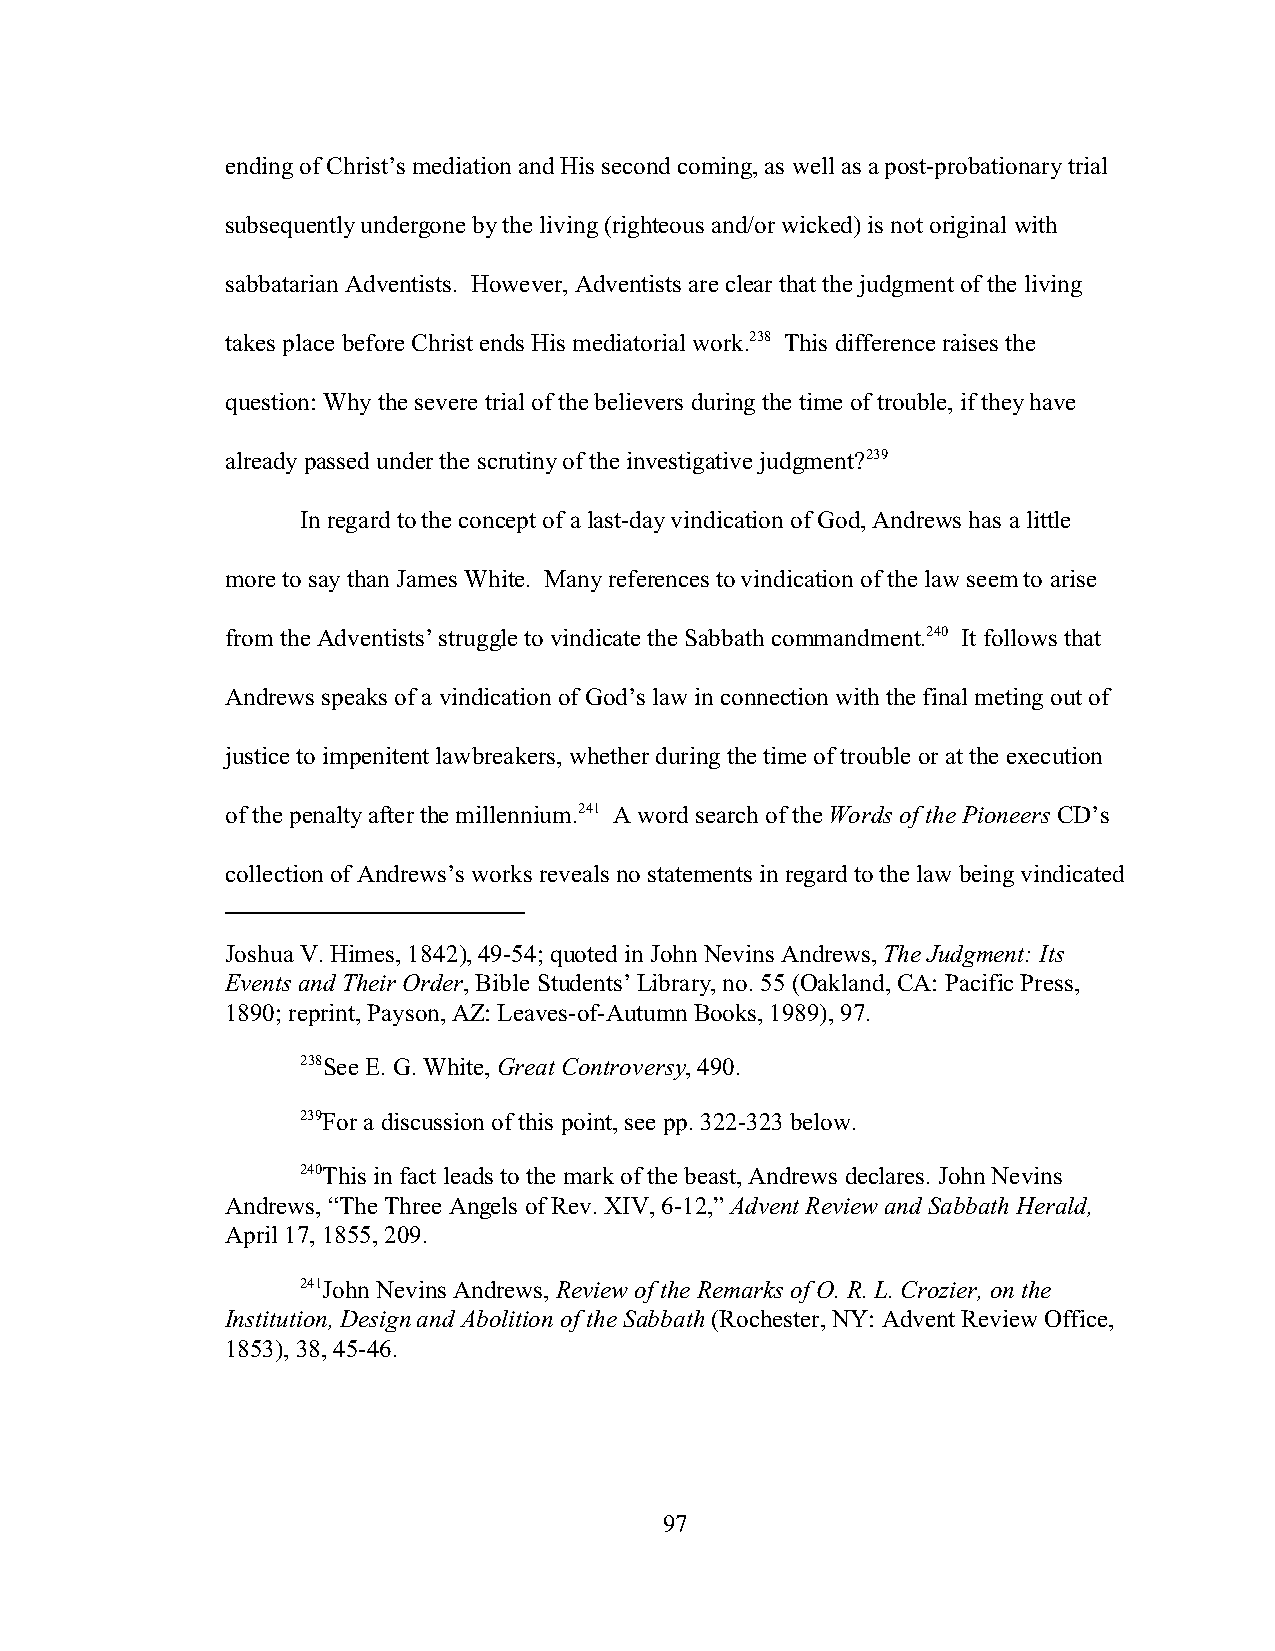
ending of Christ’s mediation and His second coming, as well as a post-probationary trial
 subsequently undergone by the living (righteous and/or wicked) is not original with
 sabbatarian Adventists. However, Adventists are clear that the judgment of the living
 takes place before Christ ends His mediatorial work.238 This difference raises the
 question: Why the severe trial of the believers during the time of trouble, if they have
 already passed under the scrutiny of the investigative judgment?239
 In regard to the concept of a last-day vindication of God, Andrews has a little
 more to say than James White. Many references to vindication of the law seem to arise
 from the Adventists’ struggle to vindicate the Sabbath commandment.240 It follows that
 Andrews speaks of a vindication of God’s law in connection with the final meting out of
 justice to impenitent lawbreakers, whether during the time of trouble or at the execution
 of the penalty after the millennium.241 A word search of the Words of the Pioneers CD’s
 collection of Andrews’s works reveals no statements in regard to the law being vindicated
 Joshua V. Himes, 1842), 49-54; quoted in John Nevins Andrews, The Judgment: Its
 Events and Their Order, Bible Students’ Library, no. 55 (Oakland, CA: Pacific Press,
 1890; reprint, Payson, AZ: Leaves-of-Autumn Books, 1989), 97.
 238See E. G. White, Great Controversy, 490.
 239For a discussion of this point, see pp. 322-323 below.
 240This in fact leads to the mark of the beast, Andrews declares. John Nevins
 Andrews, “The Three Angels of Rev. XIV, 6-12,” Advent Review and Sabbath Herald,
 April 17, 1855, 209.
 241John Nevins Andrews, Review of the Remarks of O. R. L. Crozier, on the
 Institution, Design and Abolition of the Sabbath (Rochester, NY: Advent Review Office,
 1853), 38, 45-46.
 97